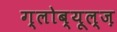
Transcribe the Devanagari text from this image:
ग्लोब्यूल्ज़